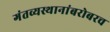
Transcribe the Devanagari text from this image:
गंतव्यस्थानांबरोबरच